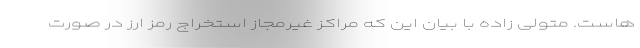
هاست. متولی زاده با بیان این که مراکز غیرمجاز استخراج رمز ارز در صورت